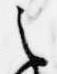
之